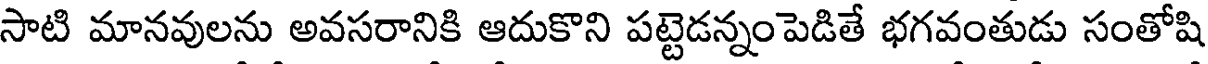
సాటి మానవులను అవసరానికి ఆదుకొని పట్టెడన్నంపెడితే భగవంతుడు సంతోషి